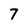
Character: 7